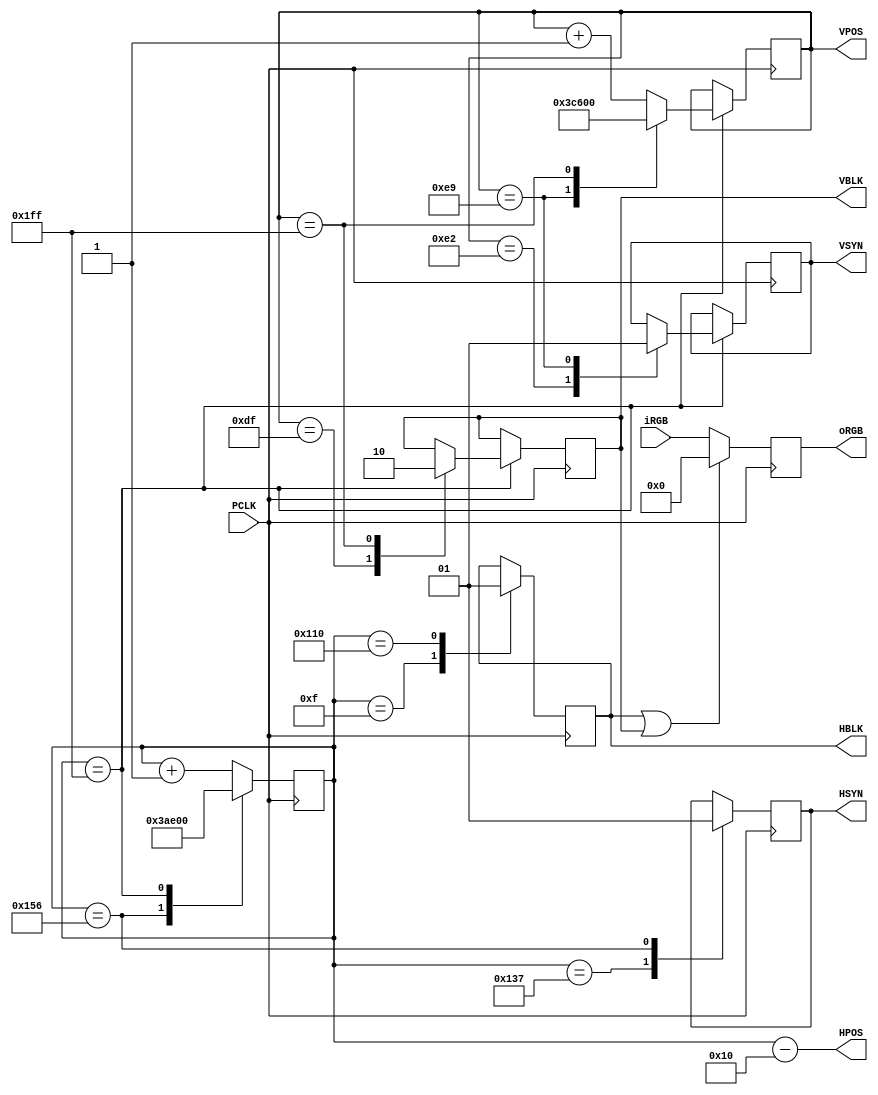
// Copyright (c) 2019 MiSTer-X

module HVGEN
(
	output  [8:0]		HPOS,
	output  [8:0]		VPOS,
	input 				PCLK,
	input	 [14:0]		iRGB,

	output reg [14:0]	oRGB,
	output reg			HBLK = 1,
	output reg			VBLK = 1,
	output reg			HSYN = 1,
	output reg			VSYN = 1
);

reg [8:0] hcnt = 0;
reg [8:0] vcnt = 0;

assign HPOS = hcnt-16;
assign VPOS = vcnt;

always @(posedge PCLK) begin
	case (hcnt)
		 15: begin HBLK <= 0; hcnt <= hcnt+1; end
		272: begin HBLK <= 1; hcnt <= hcnt+1; end
		311: begin HSYN <= 0; hcnt <= hcnt+1; end
		342: begin HSYN <= 1; hcnt <= 471;    end
		511: begin hcnt <= 0;
			case (vcnt)
				223: begin VBLK <= 1; vcnt <= vcnt+1; end
				226: begin VSYN <= 0; vcnt <= vcnt+1; end
				233: begin VSYN <= 1; vcnt <= 483;	  end
				511: begin VBLK <= 0; vcnt <= 0;		  end
				default: vcnt <= vcnt+1;
			endcase
		end
		default: hcnt <= hcnt+1;
	endcase
	oRGB <= (HBLK|VBLK) ? 15'h0 : iRGB;
end

endmodule